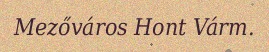
Mezőváros Hont Várm.